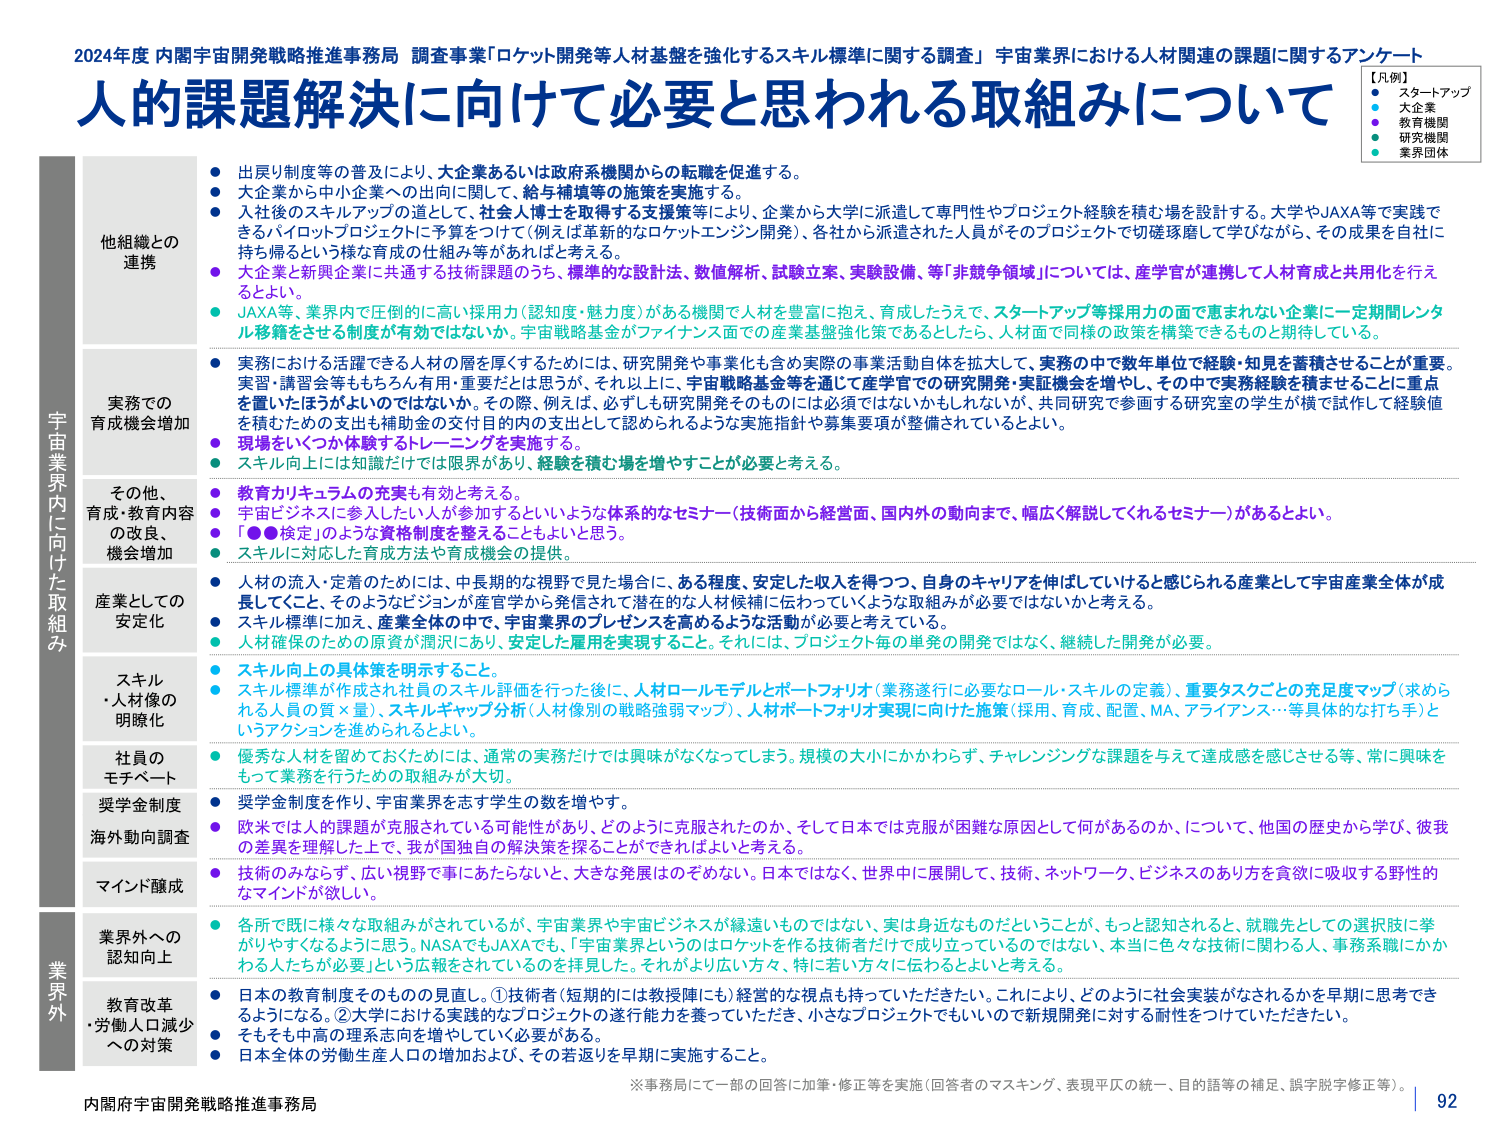
2024年度 内閣府宇宙開発戦略推進事務局 調査事業「ロケット開発等人材基盤を強化するスキル標準に関する調査」 宇宙業界における人材関連の課題に関するアンケート

人的課題解決に向けて必要と思われる取組みについて

【凡例】
● スタートアップ
● 大企業
● 教育機関
● 研究機関
● 業界団体

他組織との連携
● 出身制度等の普及により、大企業あるいは政府系機関からの転職を促進する。
● 大企業から中小企業への出向に関して、給与補填等の施策を実施する。
● 入社後のスキルアップの道として、社会人博士を取得する支援策等により、企業から大学に派遣して専門性やプロジェクト経験を積む場を設計する。大学やJAXA等で実践できるパイロットプロジェクトに予算をつけて（例えば革新的なロケットエンジン開発）、各社から派遣された人員がそのプロジェクトで切磋琢磨して学びながら、その成果を自社に持ち帰るという様な育成の仕組み等があればと考える。
● 大企業と新興企業に共通する技術課題のうち、標準的な設計法、数値解析、試験立案、実験設備、等「非競争領域」については、産学官が連携して人材育成と共用化を行うとよい。
● JAXA等、業界内で圧倒的に高い採用力（認知度・魅力度）がある機関で人材を豊富に抱え、育成したうえで、スタートアップ等採用力の面で恵まれない企業に一定期間レンタル移籍をさせる制度が有効ではないか。宇宙戦略基金がファイナンス面での産業基盤強化策であるとしたら、人材面で同様の政策を構築できるものと期待している。

宇宙業界内に向けた取組み
実務での育成機会増加
● 実習における活動でできる人材の層を厚くするためには、研究開発や事業化も含め実際の事業活動自体を拡大して、実務の中で数年単位で経験・知見を蓄積させることが重要。実習・講習会等ももちろん有用・重要だとは思うが、それ以上に、宇宙戦略基金等を通じて産学官での研究開発・実証機会を増やし、その中で実務経験を積ませることに重点を置いたほうがよいのではないか。その際、例えば、必ずしも研究開発そのものには必須ではないかもしれないが、共同研究で参画する研究室の学生が横で試作して経験値を積むための支出も補助金の交付目的内の支出として認められるような実施指針や募集要項が整備されているとよい。
● 現場をいくつか体験するトレーニングを実施する。
● スキル向上には知識だけでは限界があり、経験を積む場を増やすことが必要と考える。

その他、育成・教育内容の改良、機会増加
● 教育カリキュラムの充実も有効と考える。
● 宇宙ビジネスに参入したい人が参加するといいような体系的なセミナー（技術面から経営面、国内外の動向まで、幅広く解説してくれるセミナー）があるとよい。
● 「●●検定」のような資格制度を整えることもよいと思う。
● スキルに対応した育成方法や育成機会の提供。

産業としての安定化
● 人材の流入・定着のためには、中長期的な視野で見た場合に、ある程度、安定した収入を得つつ、自身のキャリアを伸ばしていけると感じられる産業として宇宙産業全体が成長してくこと、そのようなビジョンが産官学から発信されて潜在的な人材候補に伝わっていくような取組みが必要ではないかと考える。
● スキル標準に加え、産業全体の中で、宇宙業界のプレゼンスを高めるような活動が必要と考えている。
● 人材確保のための原資が潤沢にあり、安定した雇用を実現すること。それには、プロジェクト毎の単発の開発ではなく、継続した開発が必要。

スキル・人材像の明確化
● スキル向上の具体的策を明示すること。
● スキル標準が作成され社員のスキル評価を行った後に、人材ロールモデルとポートフォリオ（業務遂行に必要なロール・スキルの定義）、重要タスクごとの充足度マップ（求められる人員の質×量）、スキルギャップ分析（人材像別の戦略強弱マップ）、人材ポートフォリオ実現に向けた施策（採用、育成、配置、MA、アライアンス…等具体的な打ち手）というアクションを進められるとよい。

社員のモチベート
● 優秀な人材を留めておくためには、通常の実務だけでは興味がなくなってしまう。規模の大小にかかわらず、チャレンジングな課題を与えて達成感を感じさせる等、常に興味をもって業務を行うための取組みが大切。

奨学金制度
● 奨学金制度を作り、宇宙業界を志す学生の数を増やす。

海外動向調査
● 欧米では人的課題が克服されている可能性があり、どのように克服されたのか、そして日本では克服が困難な原因として何があるのか、について、他国の歴史から学び、彼我の差異を理解した上で、我が国独自の解決策を探ることができればよいと考える。

マインド醸成
● 技術のみならず、広い視野で事にあたらないと、大きな発展はのぞめない。日本ではなく、世界中に展開して、技術、ネットワーク、ビジネスのあり方を貪欲に吸収する野性的なマインドが欲しい。

業界外
業界外への認知向上
● 各所で既に様々な取組みがされているが、宇宙業界や宇宙ビジネスが縁遠いものではない、実は身近なものだということが、もっと認知されると、就職先としての選択肢に挙がりやすくなるように思う。NASAでもJAXAでも、「宇宙業界というのはロケットを作る技術者だけで成り立っているのではない、本当に色々な技術に関わる人、事務系職にかかわる人たちが必要」という広報をされているのを拝見した。それがより広い方々、特に若い方に伝わるとよいと考える。

教育改革・労働人口減少への対策
● 日本の教育制度そのものを見直し。①技術者（短期的には教授陣にも）経営的な視点も持っていただきたい。これにより、どのように社会実装がなされるかを早期に思考できるようになる。②大学における実践的なプロジェクトの遂行能力を養っていただき、小さなプロジェクトでもいいので新規開発に対する耐性をつけていただきたい。
● そもそも中高の理系志向を増やしていく必要がある。
● 日本全体の労働生産人口の増加および、その若返りを早期に実施すること。

※事務局にて一部の回答に加筆・修正等を実施（回答者のマスキング、表現平仄の統一、目的語等の補足、誤字脱字修正等）。

内閣府宇宙開発戦略推進事務局
92